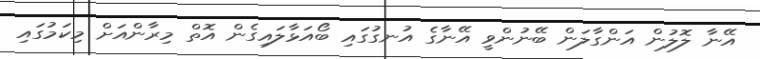
އޭނާ ލޮލުން އަންގާލަން ބޭނުންވީ އޭނާގެ އުނގުގައި ބޯއަޅާލައިގެން އޮތް މިރާންއަށް މިކަމުގައި